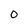
Character: 0